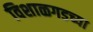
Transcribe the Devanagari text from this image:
विशाळगडच्या